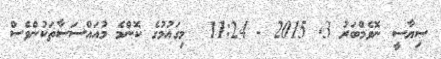
ސިޔާސީ ނޮވެމްބަރު 3